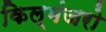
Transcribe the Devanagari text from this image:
किल्मंजरो